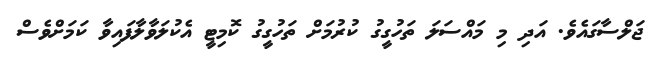
ޖަލްސާގައެވެ. އަދި މި މައްސަލަ ތަހުގީގު ކުރުމަށް ތަހުގީގު ކޮމިޓީ އެކުލަވާލާފައިވާ ކަމަށްވެސް